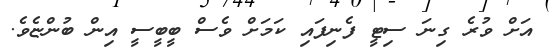
އަށް ވުރެ ގިނަ ސިޓީ ފެނިފައި ކަމަށް ވެސް ބީބީސީ އިން ބުންޏެވެ.